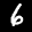
Digit: 6